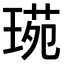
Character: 𤧌